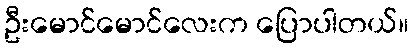
ဦးမောင်မောင်လေးက ပြောပါတယ်။